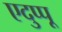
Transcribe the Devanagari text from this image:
एदुप्पू